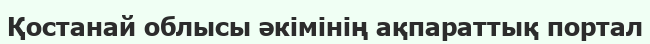
Қостанай облысы әкiмiнiң ақпараттық портал